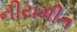
નીયમીત